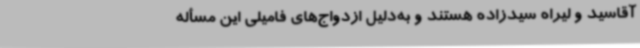
آقاسید و لیراه سیدزاده هستند و به‌دلیل ازدواج‌های فامیلی این مسأله